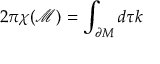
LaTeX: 2 \pi \chi ( \mathcal { M } ) = \int _ { \partial { \cal M } } d \tau k